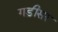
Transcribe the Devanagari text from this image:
गड़ीसर